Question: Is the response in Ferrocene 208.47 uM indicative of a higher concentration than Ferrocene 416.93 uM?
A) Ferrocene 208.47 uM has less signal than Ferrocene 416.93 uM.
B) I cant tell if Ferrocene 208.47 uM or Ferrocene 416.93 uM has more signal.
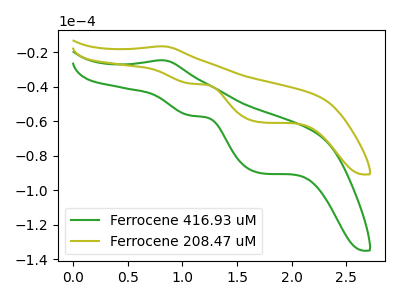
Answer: <think>The green curve "Ferrocene 416.93 uM" has an anodic peak at (0.80V, -24.65uA) and cathodic peaks at (1.10V, -56.75uA) (1.70V, -90.05uA). The olive curve "Ferrocene 208.47 uM" has an anodic peak at (0.80V, -16.60uA) and cathodic peaks at (1.10V, -38.20uA) (1.70V, -60.60uA).
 All the peaks in "Ferrocene 208.47 uM" have a peak in "Ferrocene 416.93 uM" at the same potential.</think>
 <answer>B) I cant tell if "Ferrocene 208.47 uM" or "Ferrocene 416.93 uM" has more signal.</answer>
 <eval>B</eval>